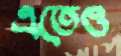
এতেও